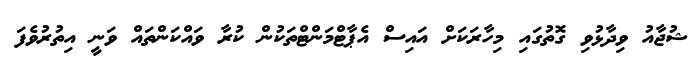
ޝުޖާއު ވިދާޅުވި ގޮތުގައި މިހާރަކަށް އައިސް އެޕާޓްމަންޓްތަކުން ކުރާ ވައްކަންތައް ވަނީ އިތުރުވެފަ